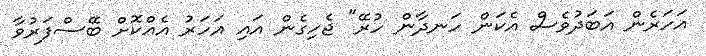
އަހަރެން އަބަދުވެސް އެކަން ހަނދާން ހުރޭ" ޖެހިގެން އައި އަހަރު އެއްކޮށް ބޭސްފަރުވާ